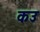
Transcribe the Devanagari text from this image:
कउ